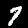
Digit: 7